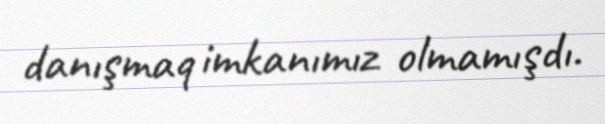
danışmaq imkanımız olmamışdı.